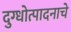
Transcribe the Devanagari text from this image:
दुग्धोत्पादनाचे